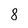
Character: 8